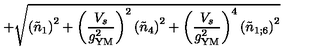
\, + \sqrt { \left( \tilde { n } _ { 1 } \right) ^ { 2 } + \left( \frac { V _ { s } } { g _ { \mathrm { Y M } } ^ { 2 } } \right) ^ { 2 } \left( \tilde { n } _ { 4 } \right) ^ { 2 } + \left( \frac { V _ { s } } { g _ { \mathrm { Y M } } ^ { 2 } } \right) ^ { 4 } \left( \tilde { n } _ { 1 ; 6 } \right) ^ { 2 } }